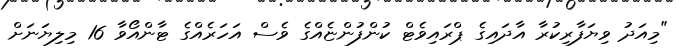
"މިއަދު ވިޔަފާރިކުރާ އާދައިގެ ޕްރައިވެޓް ކުންފުންޏެއްގެ ވެސް އަހަރެއްގެ ޓާންއޯވާ 16 މިލިޔަނަށް